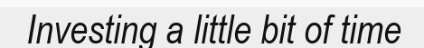
Investing a little bit of time